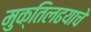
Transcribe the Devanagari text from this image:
मुक्तिलढयाचे